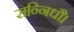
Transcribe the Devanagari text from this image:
सन्निधौ।